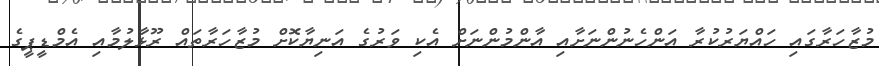
މުޒާހަރާގައި ހައްޔަރުކުރާ އަންހެނުންނަށާއި އާންމުންނަށް އެކި ވަރުގެ އަނިޔާކޮށް މުޒާހަރާތައް ރޫޅާލުމާއި އެމްޑީޕީގެ